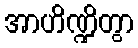
အာဟိဏ္ဍိတွာ